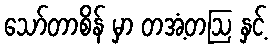
သော်တာစိန် မှာ တအံ့တဩ နှင့်